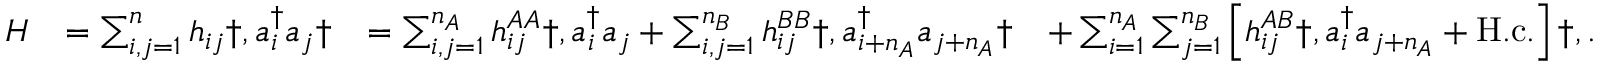
\begin{array} { r l r l } { H } & { = \sum _ { i , j = 1 } ^ { n } h _ { i j } \dag , a _ { i } ^ { \dagger } a _ { j } \dag } & { = \sum _ { i , j = 1 } ^ { n _ { A } } h _ { i j } ^ { A A } \dag , a _ { i } ^ { \dagger } a _ { j } + \sum _ { i , j = 1 } ^ { n _ { B } } h _ { i j } ^ { B B } \dag , a _ { i + n _ { A } } ^ { \dagger } a _ { j + n _ { A } } \dag } & { + \sum _ { i = 1 } ^ { n _ { A } } \sum _ { j = 1 } ^ { n _ { B } } \left[ h _ { i j } ^ { A B } \dag , a _ { i } ^ { \dagger } a _ { j + n _ { A } } + \mathrm { H . c . } \right] \dag , . } \end{array}